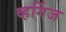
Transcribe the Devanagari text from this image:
व्हर्गिज